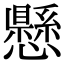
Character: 懸